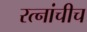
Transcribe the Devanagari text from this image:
रत्नांचीच